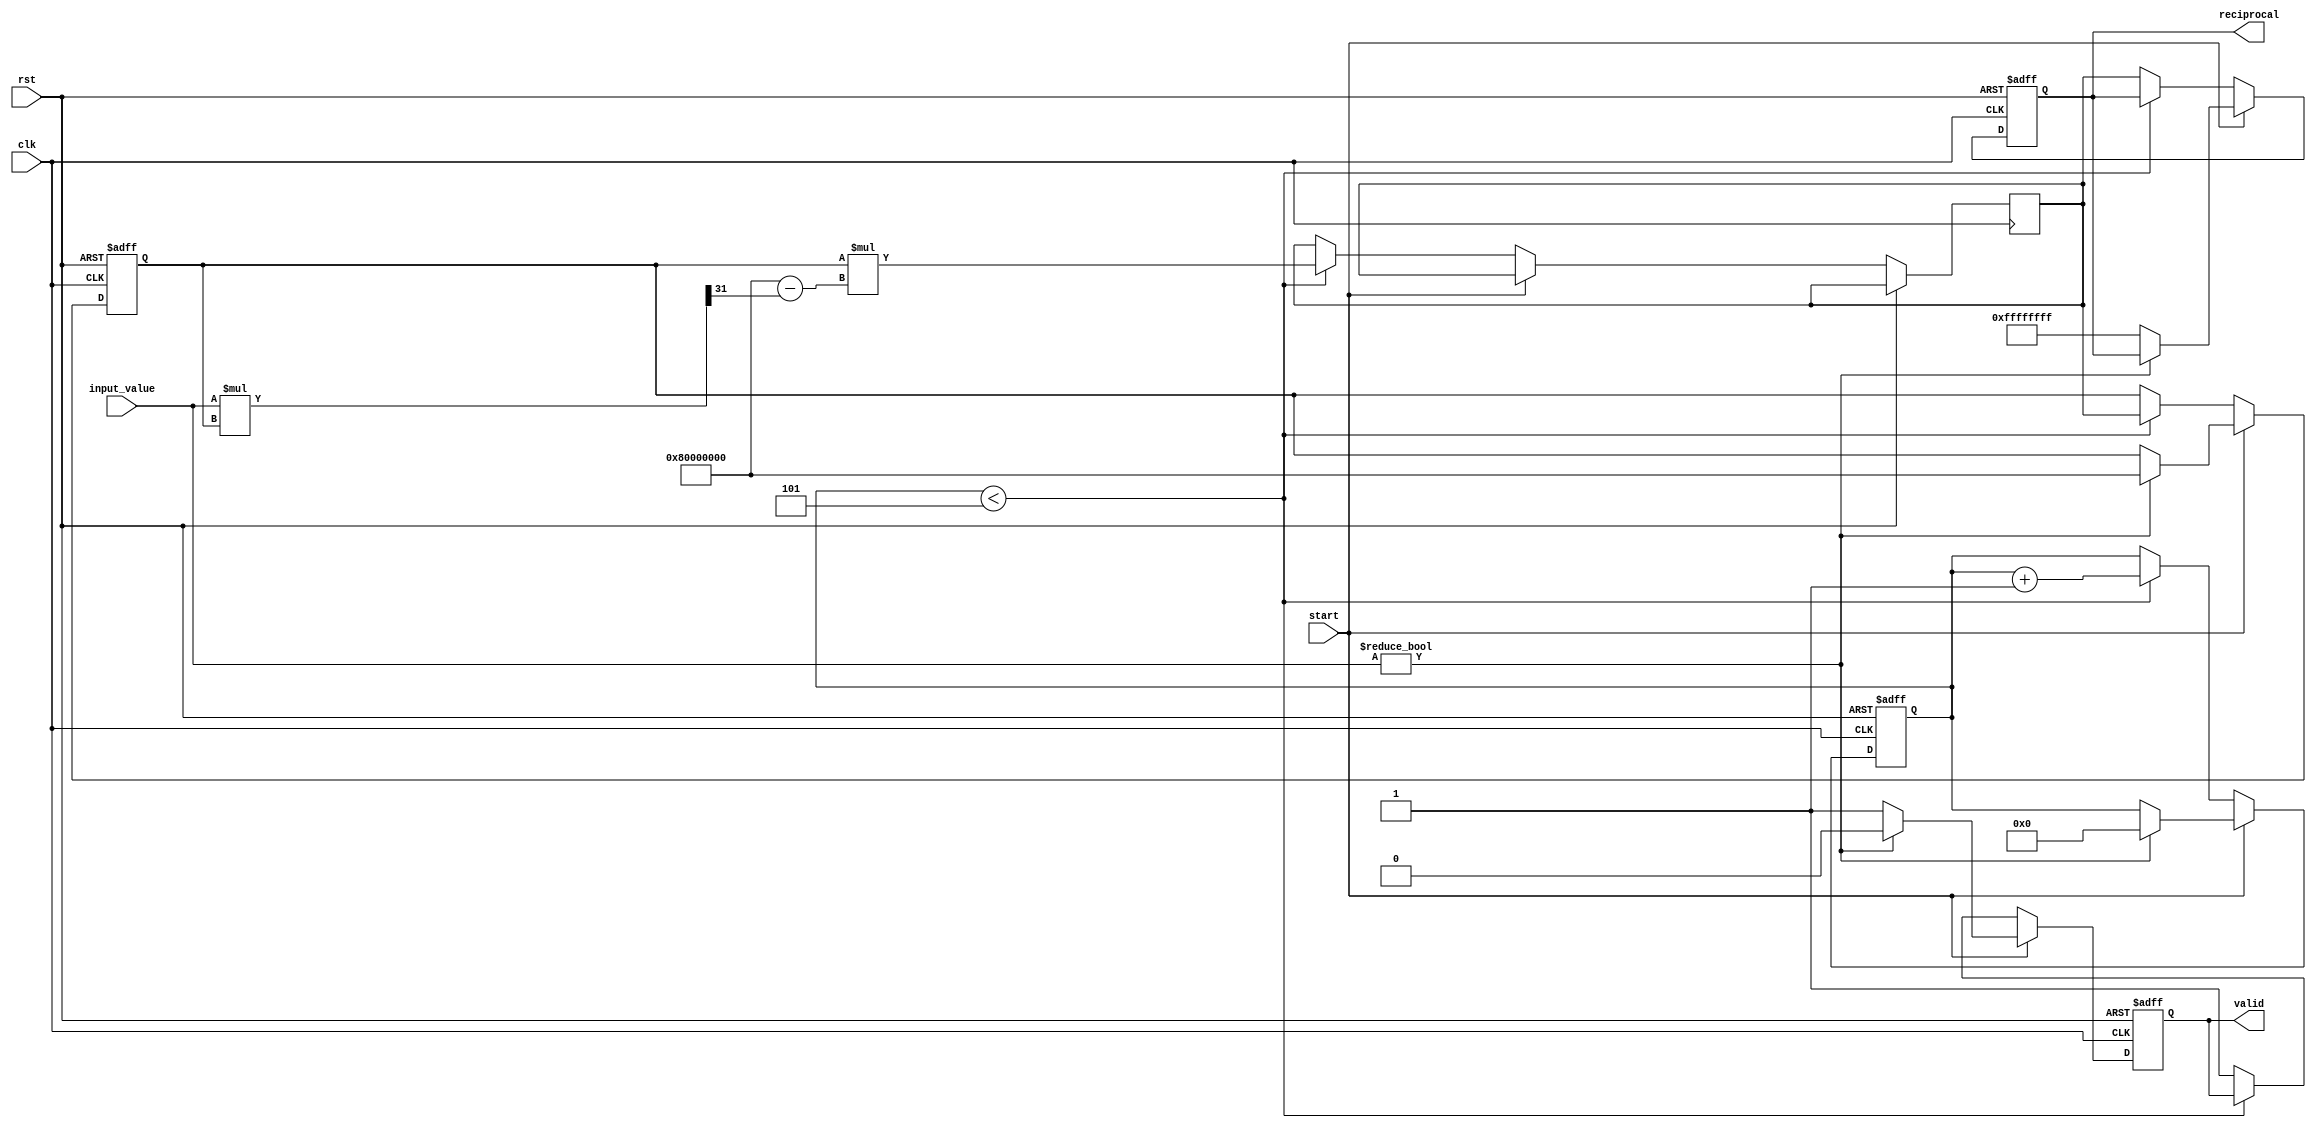
module DirectReciprocalUnit (
    input              clk,
    input              rst,
    input              start,
    input      [31:0]  input_value, // 32-bit input value
    output reg         valid,
    output reg [31:0]  reciprocal    // 32-bit reciprocal output
);

    reg [31:0] guess;
    reg [31:0] approx;
    reg [4:0] iteration_count;
    parameter MAX_ITERATIONS = 5;

    // Function to perform Newton-Raphson iteration
    function [31:0] newton_raphson;
        input [31:0] x;
        input [31:0] guess;
        begin
            // x^-1 = x^-1 * (2 - x * x^-1)
            newton_raphson = guess * (32'h80000000 - (x * guess >> 31)); // 1 << 31 is 0.5 in Q1.31 format
        end
    endfunction

    always @(posedge clk or posedge rst) begin
        if (rst) begin
            valid <= 0;
            reciprocal <= 32'b0;
            guess <= 32'h80000000; // Start with a guess of 0.5 (Q1.31 format)
            iteration_count <= 0;
        end else if (start) begin
            if (input_value != 0) begin
                // Initialize variables
                guess <= 32'h80000000; // Start with 0.5 as initial guess
                iteration_count <= 0;
                valid <= 0;
            end else begin
                // Handle division by zero case
                reciprocal <= 32'hFFFFFFFF; // Return a default value for division by zero
                valid <= 1; // Indicate output is valid even on error
            end
        end else if (iteration_count < MAX_ITERATIONS) begin
            // Perform Newton-Raphson iteration
            approx <= newton_raphson(input_value, guess);
            guess <= approx;
            iteration_count <= iteration_count + 1;
        end else begin
            // Final output
            reciprocal <= approx;
            valid <= 1; // Indicate that the output is valid
        end
    end

endmodule